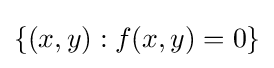
\{(x,y):f(x,y)=0\}